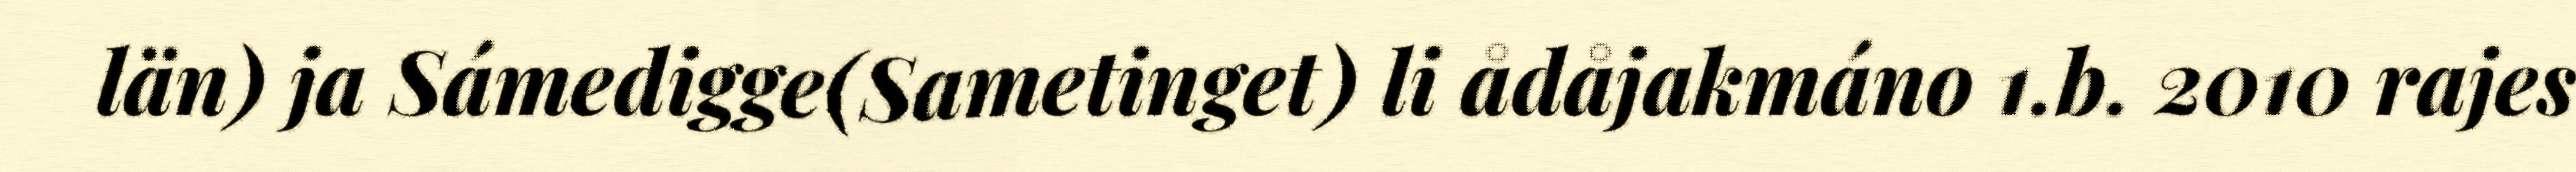
län) ja Sámedigge(Sametinget) li ådåjakmáno 1.b. 2010 rajes